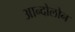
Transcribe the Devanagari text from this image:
आन्दोलोन